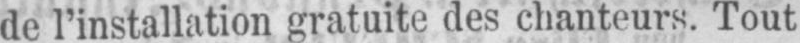
de l’installation gratuite des chanteurs. Tout